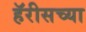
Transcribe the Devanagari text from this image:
हॅरीसच्या